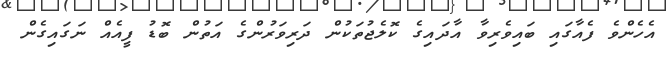
އެހެންވެ ފެއާގައި ބައިވެރިވާ އާދައިގެ ކޮލެޖުތަކުން ދަރިވަރުންގެ އަތުން ބޮޑު ފީއެއް ނަގައިގެން